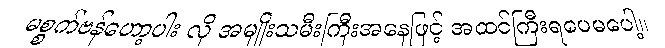
မစ္စက်ဗန်ဟော့ပါး လို အမျိုးသမီးကြီးအနေဖြင့် အထင်ကြီးရပေမပေါ့။